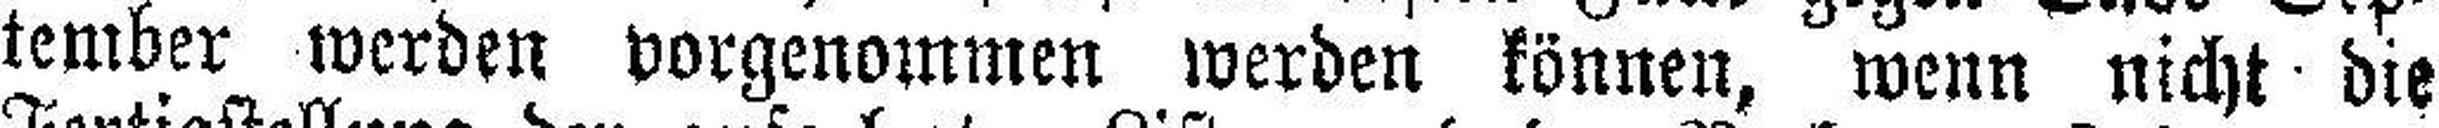
tember werden vorgenommen werden können, wenn nicht die